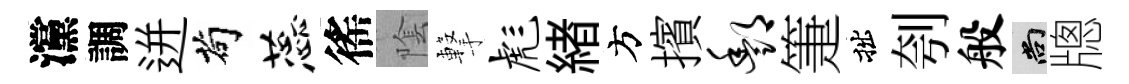
灙調迸茍蕊徭隂撃彪緖方擯酆箑拙刳般尚牕